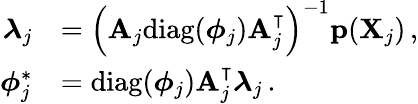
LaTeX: \begin{array}{rl}{\boldsymbol{\lambda}_{j}}&{=\left(\mathbf{A}_{j}\mathrm{diag}(\boldsymbol{\phi}_{j})\mathbf{A}_{j}^{\intercal}\right)^{-1}\mathbf{p}(\mathbf{X}_{j})\, ,}\\ {\boldsymbol{\phi}_{j}^{\ast}}&{=\mathrm{diag}(\boldsymbol{\phi}_{j})\mathbf{A}_{j}^{\intercal}\boldsymbol{\lambda}_{j}\, .}\end{array}